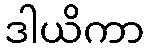
ဒါယိကာ